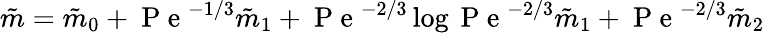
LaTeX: \tilde{m}=\tilde{m}_{0}+\mathrm{~P~e~}^{-1/3}\tilde{m}_{1}+\mathrm{~P~e~}^{-2/3}\log\mathrm{~P~e~}^{-2/3}\tilde{m}_{1}+\mathrm{~P~e~}^{-2/3}\tilde{m}_{2}